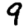
Digit: 9